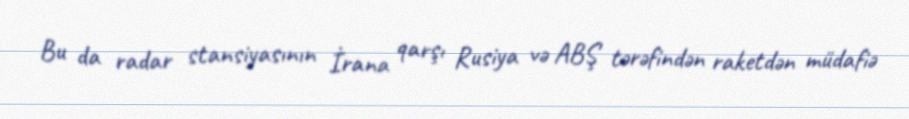
Bu da radar stansiyasının İrana qarşı Rusiya və ABŞ tərəfindən raketdən müdafiə